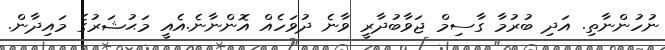
ނުހުންނާތި. އަދި ބުރުމާ ގާސިމް ޖަވާބުދާރީ ވާނެ ދުވަހެއް އޮންނާނެ.އެއީ މަޙުޝަރުގެ މައިދާން.